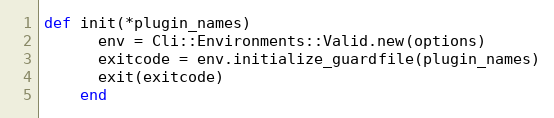
Language: Ruby
def init(*plugin_names)
      env = Cli::Environments::Valid.new(options)
      exitcode = env.initialize_guardfile(plugin_names)
      exit(exitcode)
    end